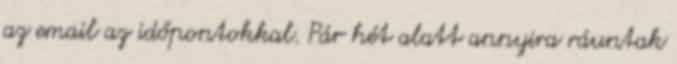
az email az időpontokkal. Pár hét alatt annyira ráuntak